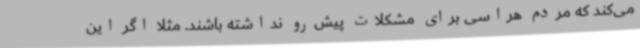
می‌کند که مردم هراسی برای مشکلات پیش‌رو نداشته باشند. مثلاً اگر این